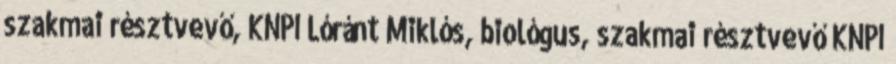
szakmai résztvevő, KNPI Lóránt Miklós, biológus, szakmai résztvevő KNPI